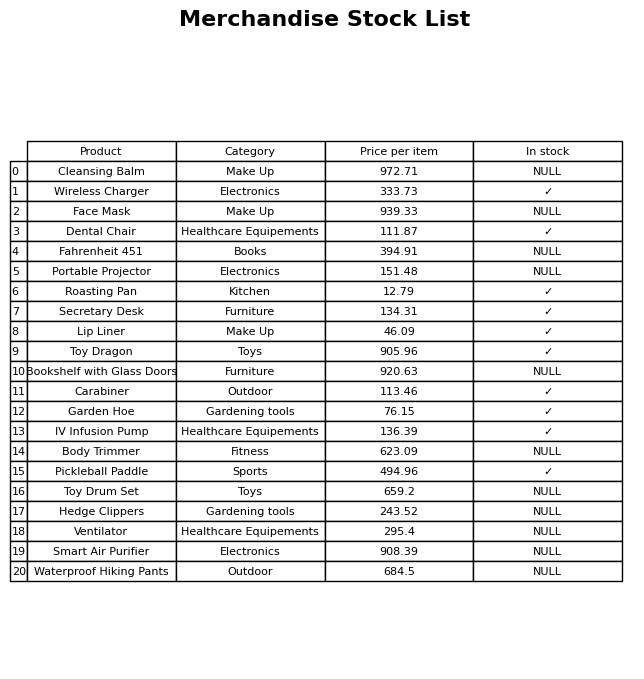
question: What is the price for Dental Chair?
answer: The price of Dental Chair is 111.87.